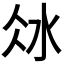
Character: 𣲝